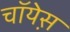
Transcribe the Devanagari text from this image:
चॉयेस़